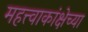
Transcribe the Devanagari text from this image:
महत्त्वाकांक्षेच्या